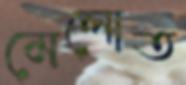
মেলোত